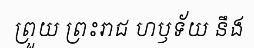
ព្រួយ ព្រះរាជ ហឫទ័យ នឹង